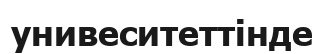
унивеситеттінде